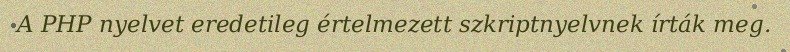
A PHP nyelvet eredetileg értelmezett szkriptnyelvnek írták meg.